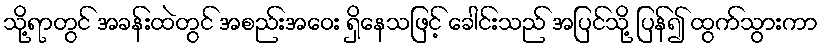
သို့ရာတွင် အခန်းထဲတွင် အစည်းအဝေး ရှိနေသဖြင့် ခေါင်းသည် အပြင်သို့ ပြန်၍ ထွက်သွားကာ